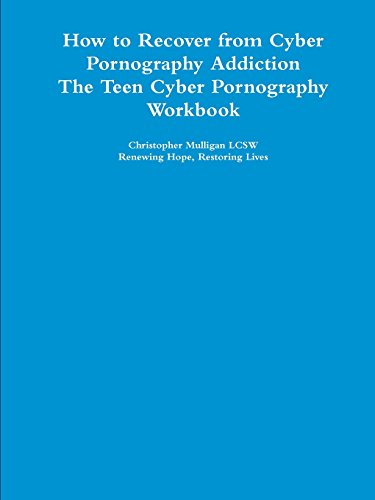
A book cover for How to Recover from Cyber Pornography Addiction: The Teen Cyber Pornography Workbook; Christopher Mulligan Lcsw; Health, Fitness & Dieting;